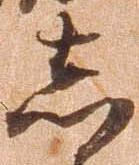
志